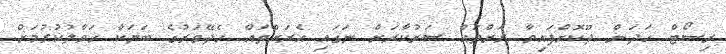
ރިސޯޓް ހަދަން ދޫކޮށްފައިވާ ރަށްތައް ސަރުކާރަށް ނަގައި އެރަށްތައް ހެދޭވަރުގެ ބަޔަކާ ހަވާލުކުރުމަށް